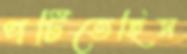
পটিতেছিস